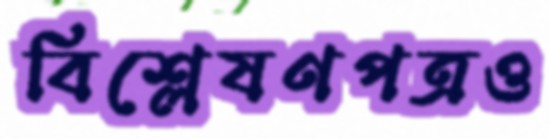
বিশ্লেষণপত্রও